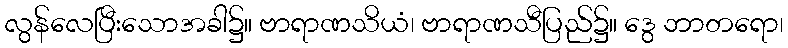
လွန်လေပြီးသောအခါ၌။ ဗာရာဏသိယံ၊ ဗာရာဏသီပြည်၌။ ဒွေ ဘာတရော၊